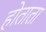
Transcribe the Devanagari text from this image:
होताता